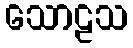
သောဠသ